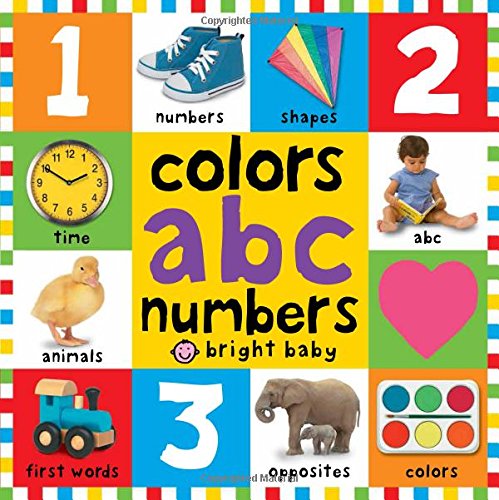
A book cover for Bright Bbaby colors, abc, & numbers first words (First 100); Roger Priddy; Children's Books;